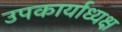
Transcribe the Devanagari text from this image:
उपकार्याध्यक्ष